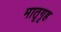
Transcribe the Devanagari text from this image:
मातृगृह